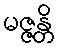
မဇ္ဇန္တိ